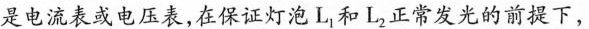
是电流表或电压表，在保证灯泡L_{1} 和L_{2} 正常发光的前提下，